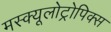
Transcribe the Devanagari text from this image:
मस्क्यूलोट्रोपिक्स